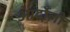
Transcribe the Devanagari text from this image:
आर्दोली